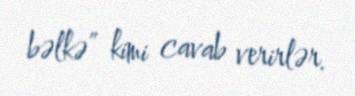
bəlkə” kimi cavab verirlər.